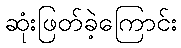
ဆုံးဖြတ်ခဲ့ကြောင်း